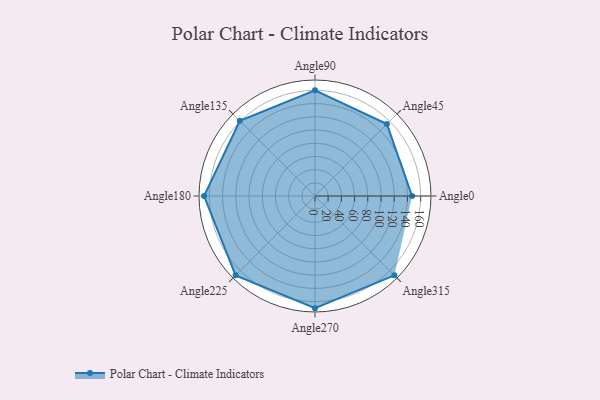
{"axis": {"x": "Angle", "y": "Radius"}, "legend": [""], "data": [{"x": "Angle0", "y": 147.0, "type": ""}, {"x": "Angle45", "y": 154.0, "type": ""}, {"x": "Angle90", "y": 160.0, "type": ""}, {"x": "Angle135", "y": 161.0, "type": ""}, {"x": "Angle180", "y": 168.0, "type": ""}, {"x": "Angle225", "y": 170, "type": ""}, {"x": "Angle270", "y": 170, "type": ""}, {"x": "Angle315", "y": 170, "type": ""}]}